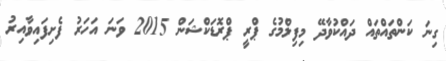
ގިނަ ކަންތައްތައް ދައްކުވާދޭ މިފިލްމުގެ ޕްރީ ޕްރޮޑަކްޝަން 2015 ވަނަ އަހަރު ފެށިފައިވާއިރު